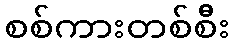
စစ်ကားတစ်စီး